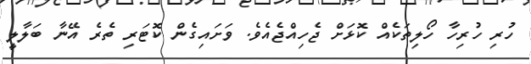
ހުރި ހުރިހާ ހޯލިތަކެއް ކޮޅަށް ޖެހިއްޖެއެވެ. ވަށައިގެން ކޮޓަރި ތެރެ އޭނާ ބަލާލީ